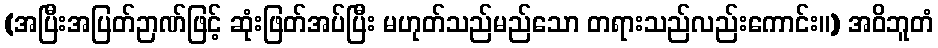
(အပြီးအပြတ်ဉာဏ်ဖြင့် ဆုံးဖြတ်အပ်ပြီး မဟုတ်သည်မည်သော တရားသည်လည်းကောင်း။) အဝိဘူတံ